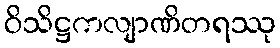
ဝိသိဋ္ဌကလျာဏိတရဿု